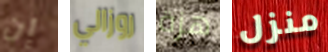
إن روزالي هزة منزل